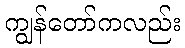
ကျွန်တော်ကလည်း